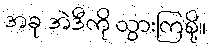
အခု အဲဒီကို သွားကြစို့။